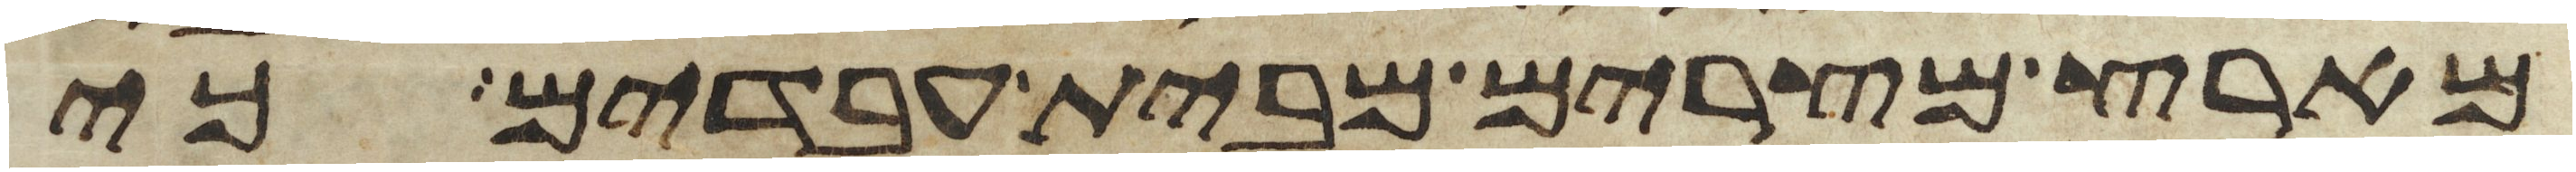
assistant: מארץ מצרים מבית עבדים כי